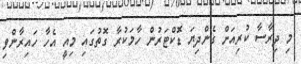
މި ދިރާސާ ކުރިއަށް ގެންދިޔަ ޑޮކްޓަރުން ހާމަކުރާ ގޮތުގައި މިއީ އެހާ ހައިރާންވި